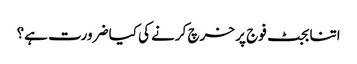
اتنا بجٹ فوج پر خرچ کرنے کی کیا ضرورت ہے؟